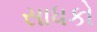
સાધકો